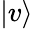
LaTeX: |v\rangle